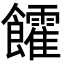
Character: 𩟯